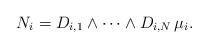
LaTeX: \begin{align*} N_i = D_{i,1}\wedge\cdots\wedge D_{i,N}\,\mu_i. \end{align*}